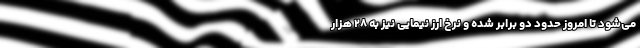
می‌شود تا امروز حدود دو برابر شده و نرخ ارز نیمایی نیز به ۲۸ هزار